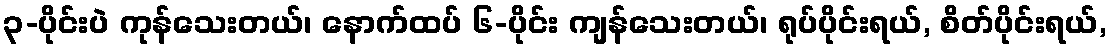
၃-ပိုင်းပဲ ကုန်သေးတယ်၊ နောက်ထပ် ၆-ပိုင်း ကျန်သေးတယ်၊ ရုပ်ပိုင်းရယ်, စိတ်ပိုင်းရယ်,